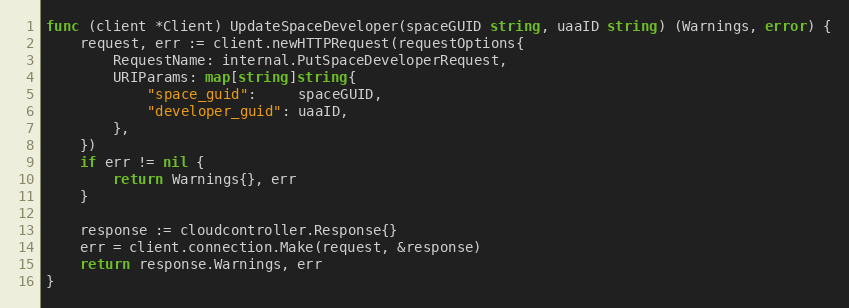
Language: Go
func (client *Client) UpdateSpaceDeveloper(spaceGUID string, uaaID string) (Warnings, error) {
	request, err := client.newHTTPRequest(requestOptions{
		RequestName: internal.PutSpaceDeveloperRequest,
		URIParams: map[string]string{
			"space_guid":     spaceGUID,
			"developer_guid": uaaID,
		},
	})
	if err != nil {
		return Warnings{}, err
	}

	response := cloudcontroller.Response{}
	err = client.connection.Make(request, &response)
	return response.Warnings, err
}